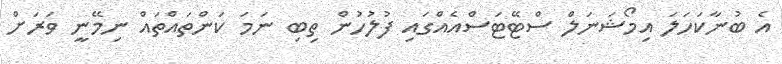
އެ ބުނާކަހަލަ އިމޯޝަނަލް ސްޓޭޓަސްއެއްގައި ފުލުހުން ތިބި ނަމަ ކަންތައްތައް ނިމޭނީ ވަރަށް